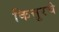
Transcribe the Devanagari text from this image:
कित्तुरचे